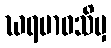
ဃရမာဝသိမှ